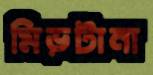
মিড়টানা